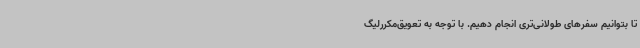
تا بتوانیم سفرهای طولانی‌تری انجام دهیم. با توجه به تعویق‌مکررلیگ